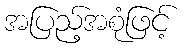
အပြည့်အစုံဖြင့်